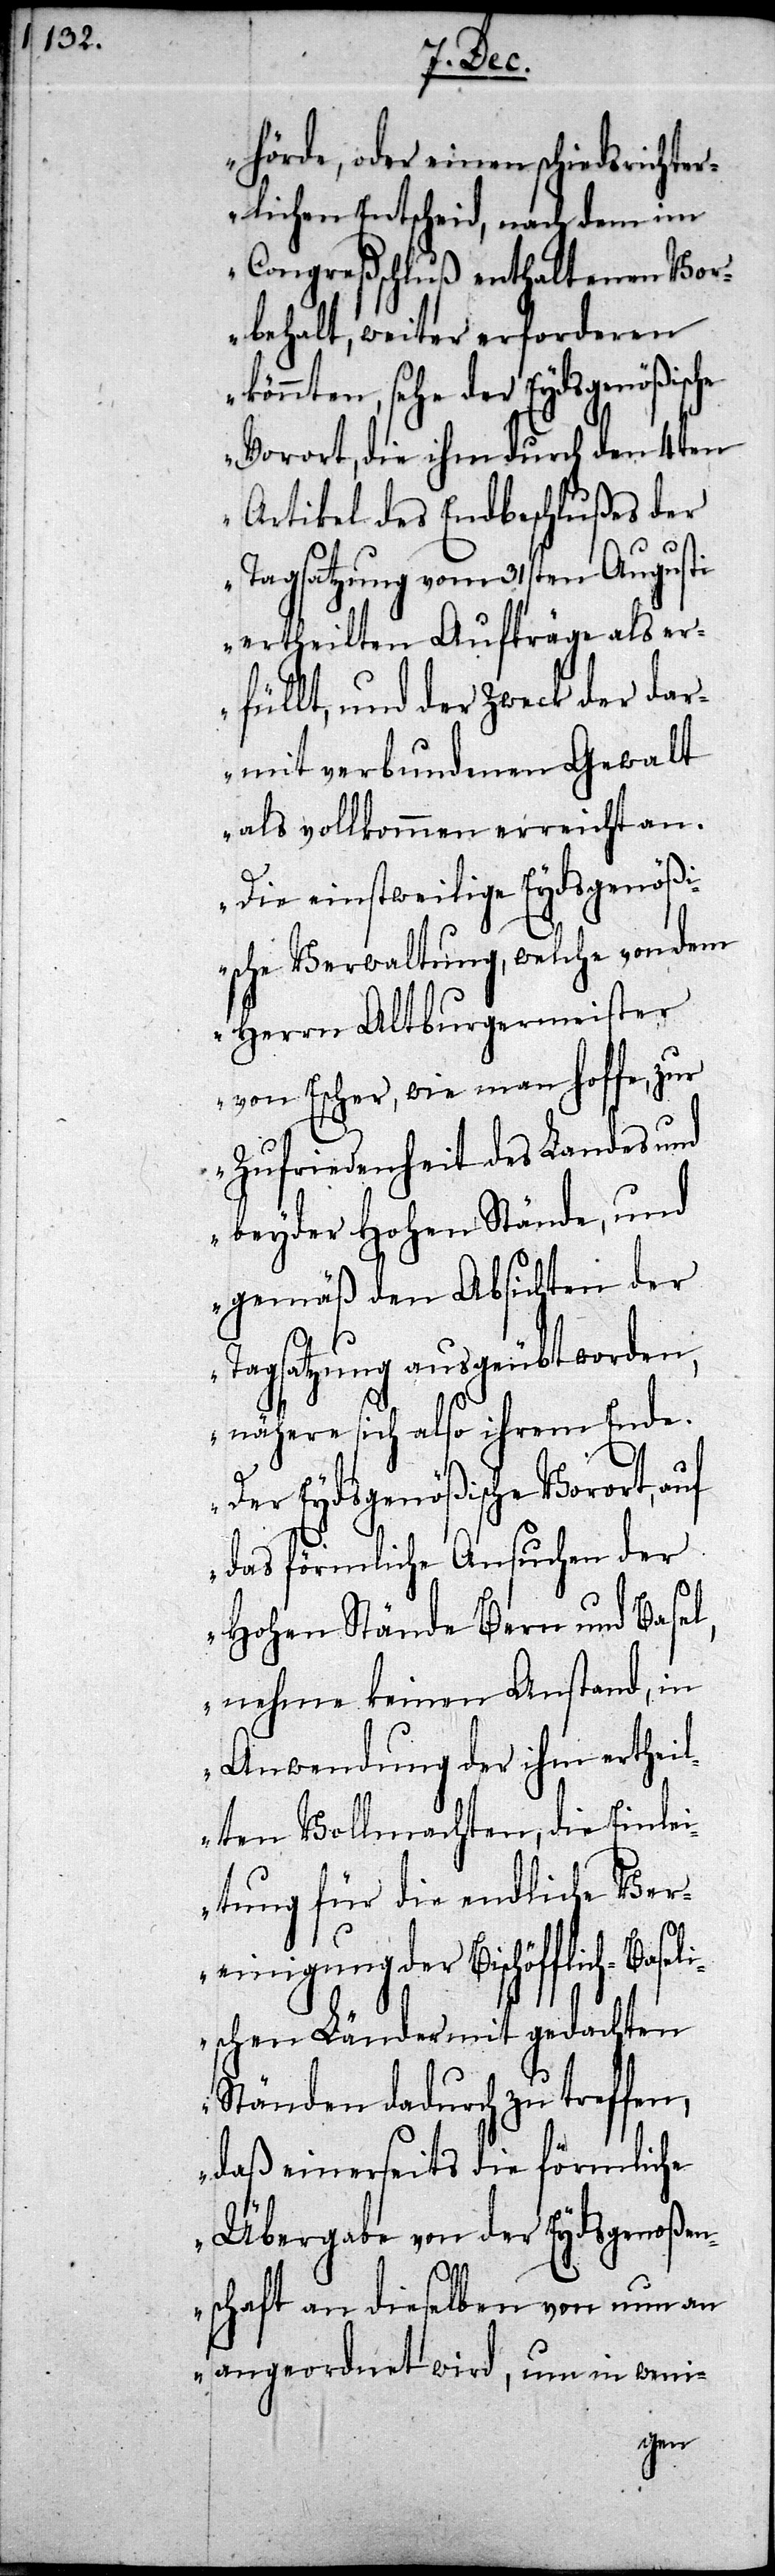
hörde, oder einen schiedsrichte¬
rlichen Entscheid, nach dem im
Congreßschluß enthaltenen Vor¬
behalt, weiter erforderen
könnten, sehe der Eydsgenößische
Vorort, die ihm durch den 4ten
Artikel des Endbeschlußes der
Tagsatzung vom 31sten Augusti
ertheilten Aufträge als er¬
füllt, und der Zweck der dar¬
mit verbundenen Gewalt
als vollkommen erreicht an.
Die einstweilige Eydsgenößi¬
sche Verwaltung, welche von dem
Herrn Altburgermeister
von Escher, wie man hoffe, zur
Zufriedenheit des Landes und
beyder Hohen Stände, und
gemäß den Absichten der
Tagsatzung ausgeübt worden,
nähere sich also ihrem Ende.
Der Eydsgenößische Vorort, auf
das förmliche Ansuchen der
Hohen Stände Bern und Basel,
nehme keinen Anstand, in
Anwendung der ihm ertheil¬
ten Vollmachten, die Einlei¬
tung für die endliche Ver¬
einigung der Bischöfflich-Basel¬
ischen Länder mit gedachten
Ständen dadurch zu treffen,
daß einerseits die förmliche
Übergabe von der Eydsgenoßen¬
schaft an dieselben von nun an
angeordnet wird, um in weni-